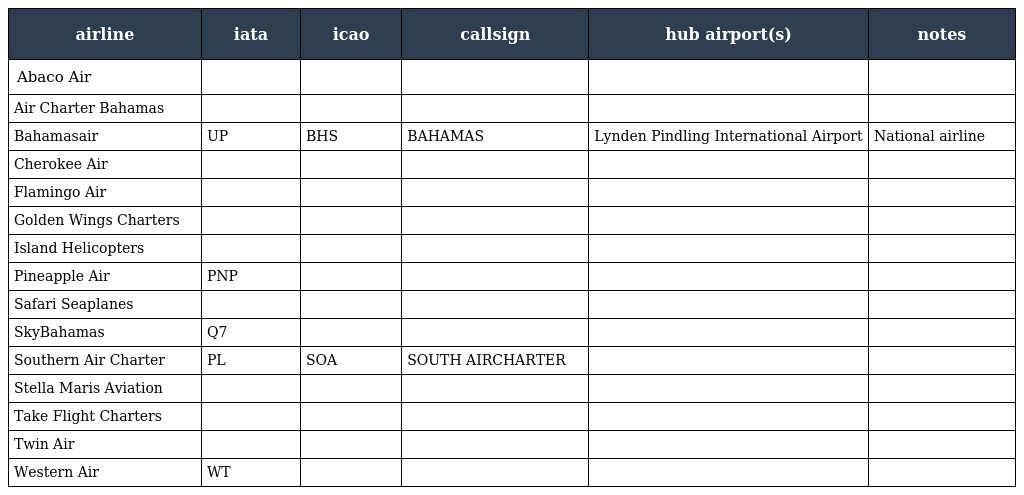
| airline | iata | icao | callsign | hub airport(s) | notes |
 | --- | --- | --- | --- | --- | --- |
 | Abaco Air |  |  |  |  |  |
 | Air Charter Bahamas |  |  |  |  |  |
 | Bahamasair | UP | BHS | BAHAMAS | Lynden Pindling International Airport | National airline |
 | Cherokee Air |  |  |  |  |  |
 | Flamingo Air |  |  |  |  |  |
 | Golden Wings Charters |  |  |  |  |  |
 | Island Helicopters |  |  |  |  |  |
 | Pineapple Air | PNP |  |  |  |  |
 | Safari Seaplanes |  |  |  |  |  |
 | SkyBahamas | Q7 |  |  |  |  |
 | Southern Air Charter | PL | SOA | SOUTH AIRCHARTER |  |  |
 | Stella Maris Aviation |  |  |  |  |  |
 | Take Flight Charters |  |  |  |  |  |
 | Twin Air |  |  |  |  |  |
 | Western Air | WT |  |  |  |  |